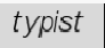
typist